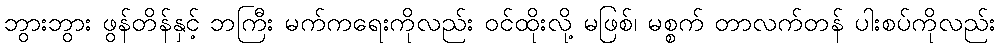
ဘွားဘွား ဖွန်တိန်နှင့် ဘကြီး မက်ကရေးကိုလည်း ဝင်ထိုးလို့ မဖြစ်၊ မစ္စက် တာလက်တန် ပါးစပ်ကိုလည်း